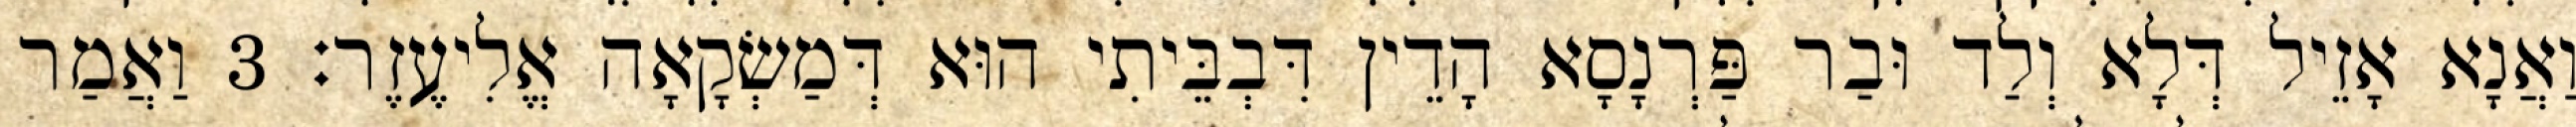
וַאֲנָא אָזֵיל דְּלָא וְלַד וּבַר פַּרְנָסָא הָדֵין דִּבְבֵּיתִי הוּא דְּמַשְׂקָאָה אֱלִיעֶזֶר׃ 3 וַאֲמַר